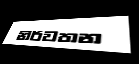
නිර්වතන